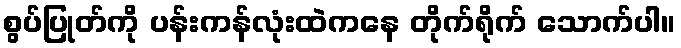
စွပ်ပြုတ်ကို ပန်းကန်လုံးထဲကနေ တိုက်ရိုက် သောက်ပါ။